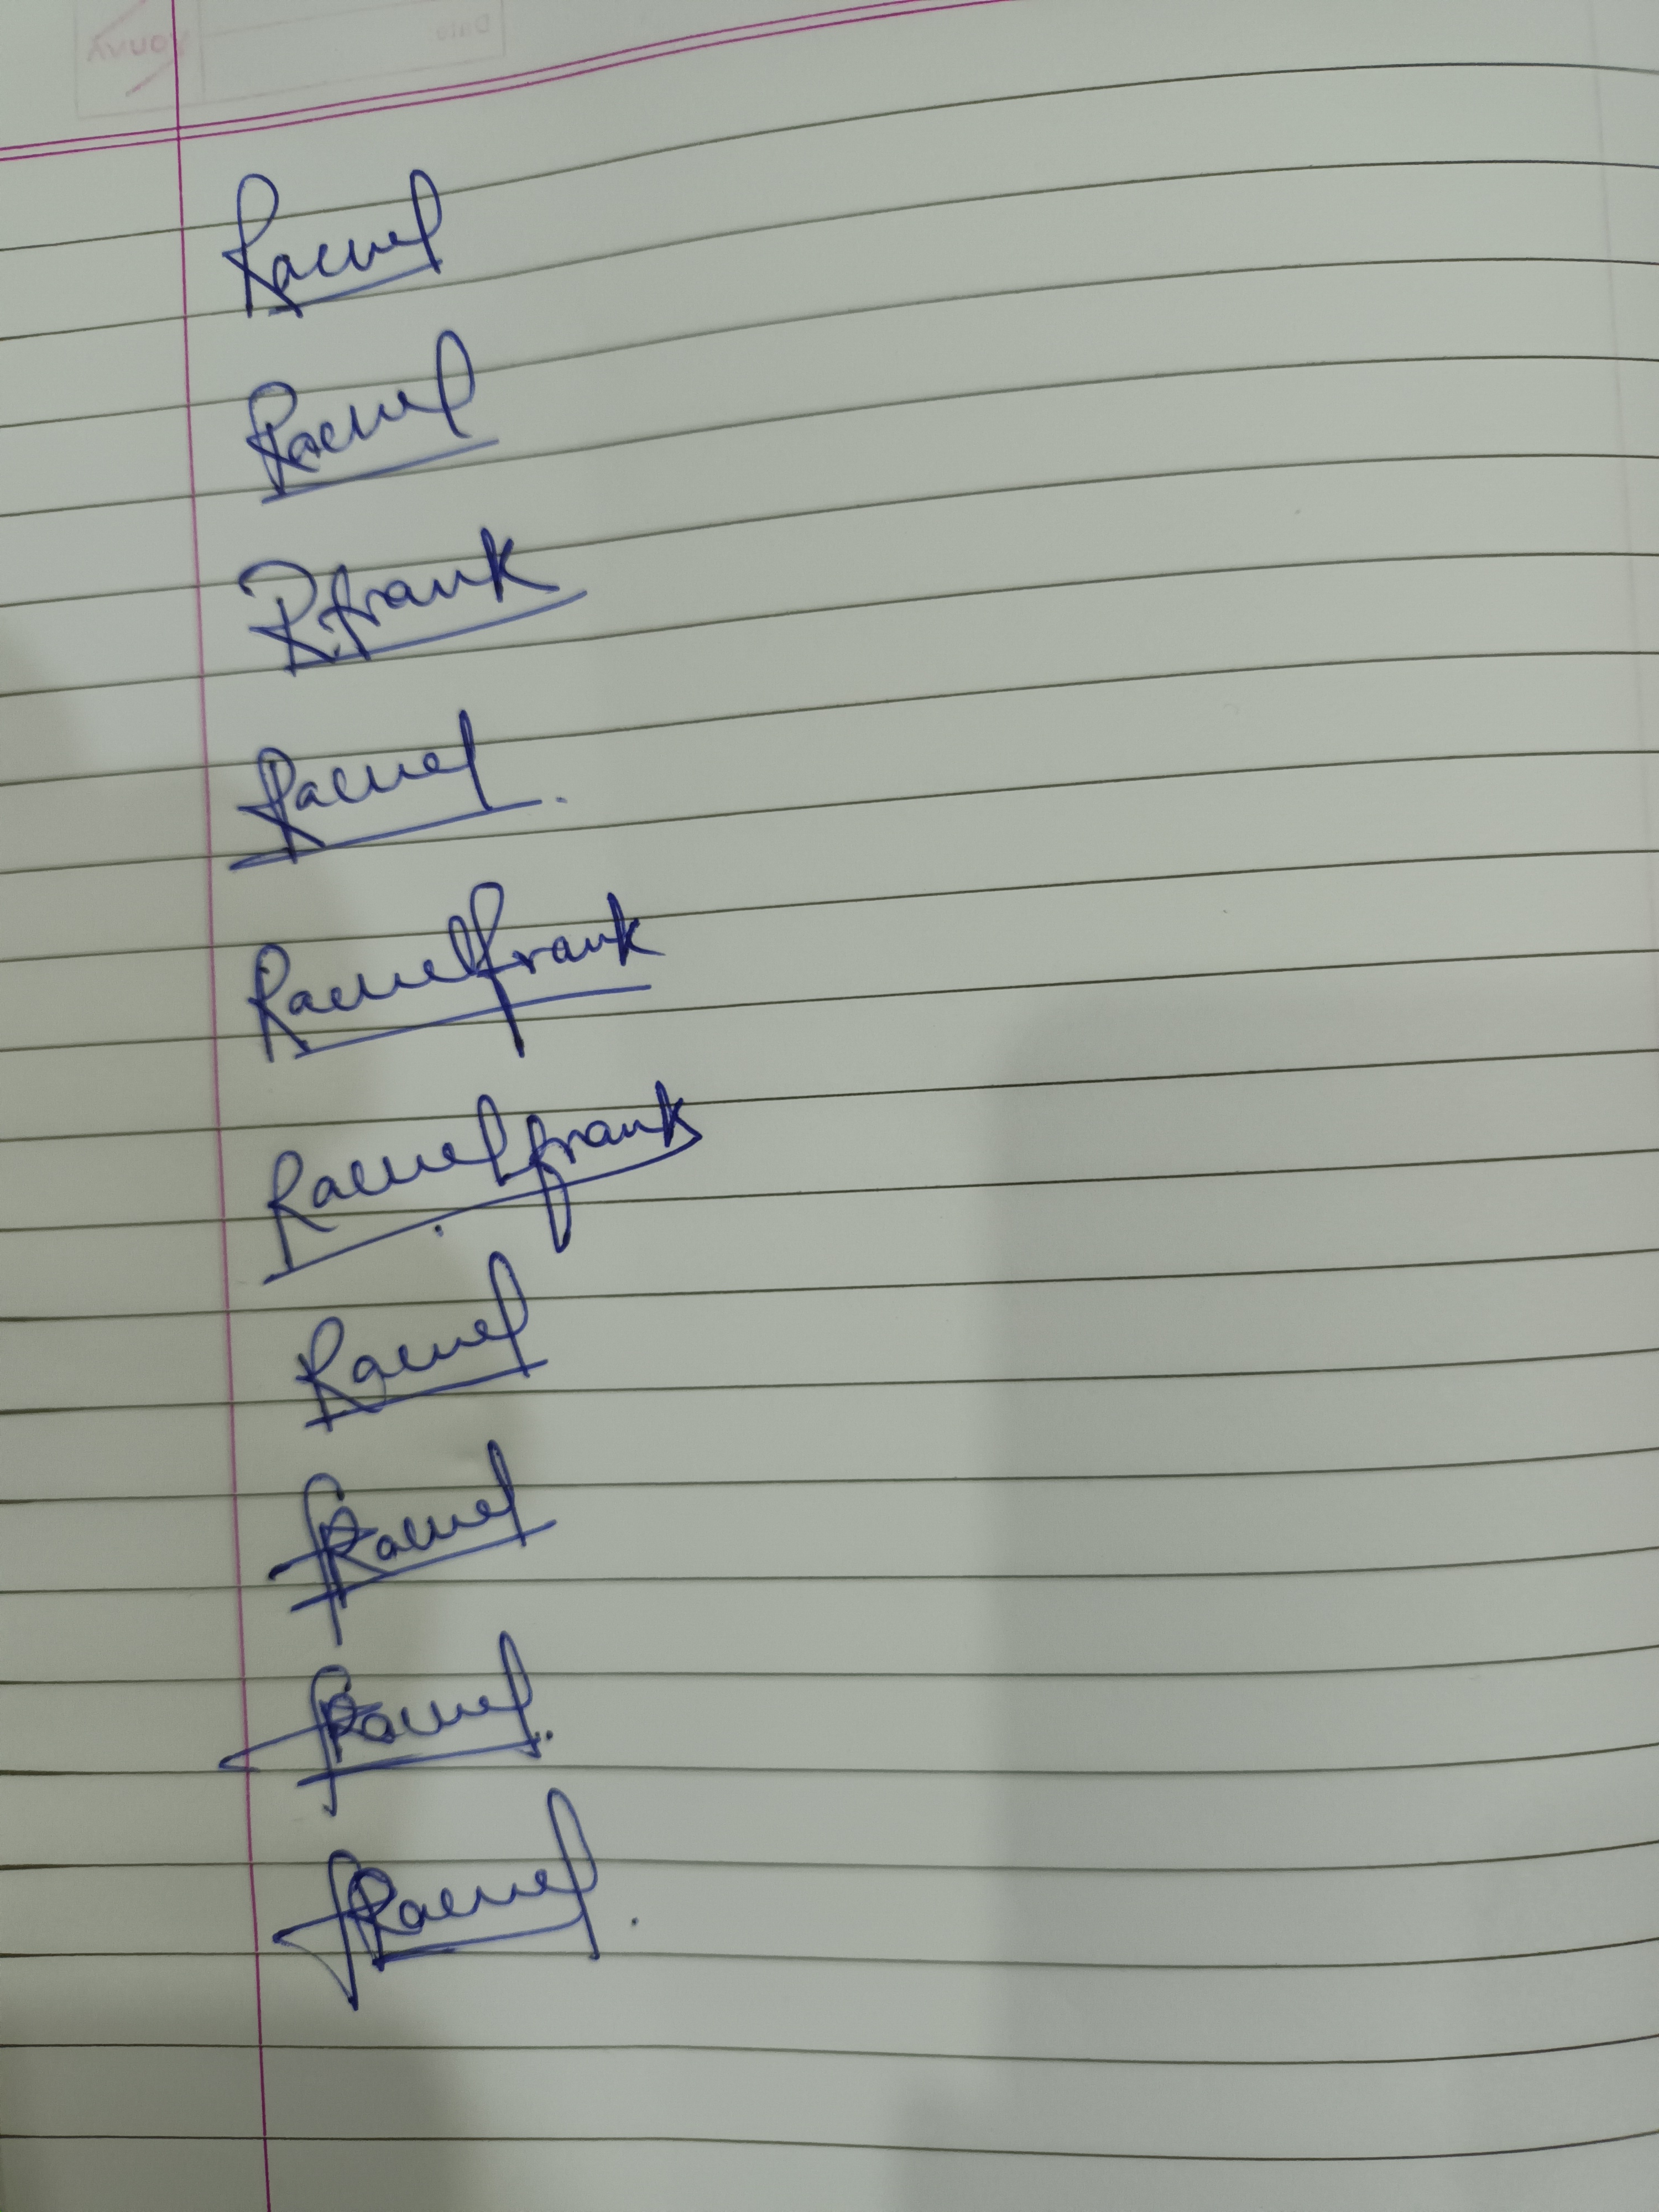
Signature authenticity: genuine